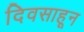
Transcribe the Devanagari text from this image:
दिवसाहून